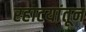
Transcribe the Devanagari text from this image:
रहाटयांतून